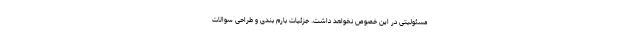
مسئولیتی در این خصوص نخواهد داشت. جزئیات بارم‌ بندی و طراحی سوالات